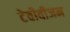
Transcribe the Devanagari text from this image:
टेवीवीजन